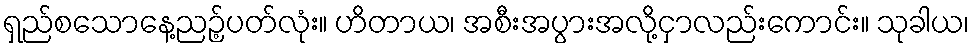
ရှည်စသောနေ့ညဉ့်ပတ်လုံး။ ဟိတာယ၊ အစီးအပွားအလို့ငှာလည်းကောင်း။ သုခါယ၊